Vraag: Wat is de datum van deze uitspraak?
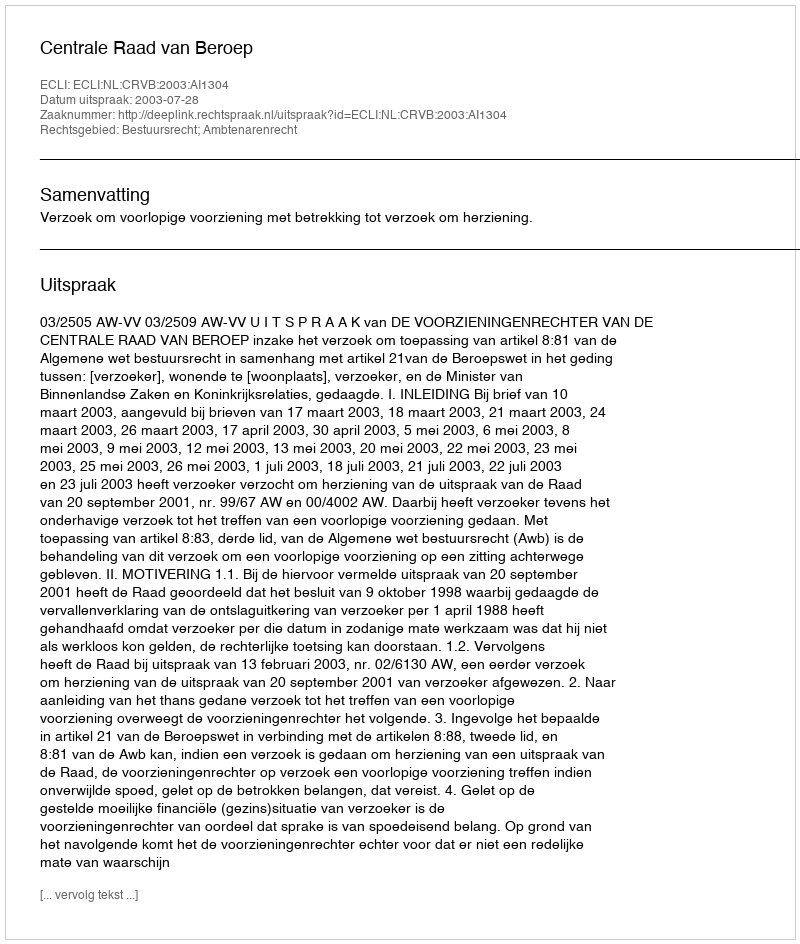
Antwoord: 2003-07-28